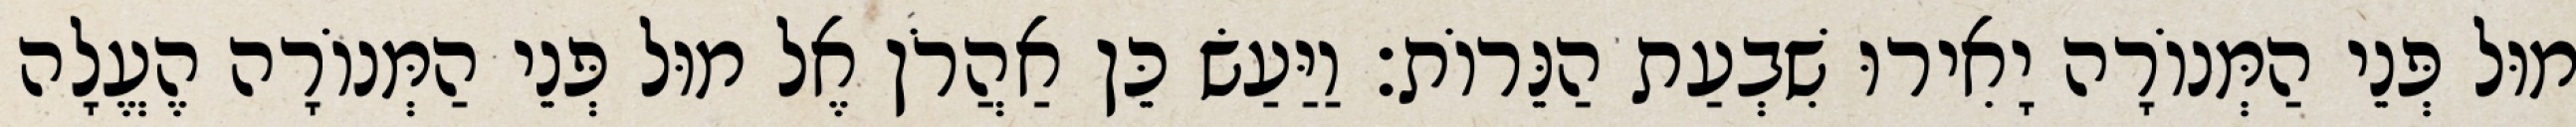
מוּל פְּנֵי הַמְּנוֹרָה יָאִירוּ שִׁבְעַת הַנֵּרוֹת׃ וַיַּעַשׂ כֵּן אַהֲרֹן אֶל מוּל פְּנֵי הַמְּנוֹרָה הֶעֱלָה